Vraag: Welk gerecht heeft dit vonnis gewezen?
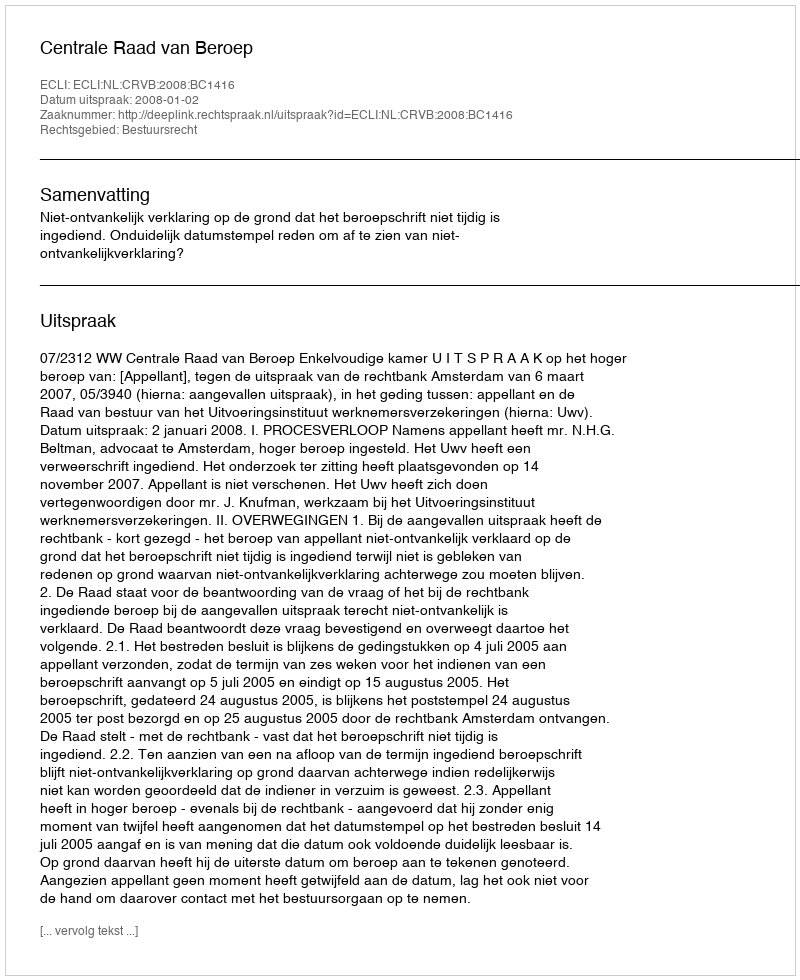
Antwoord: Centrale Raad van Beroep